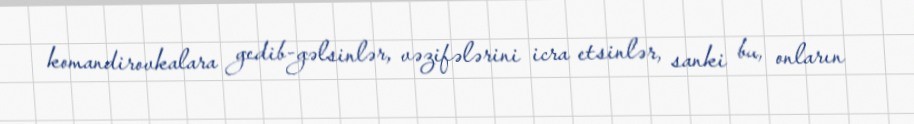
komandirovkalara gedib-gəlsinlər, vəzifələrini icra etsinlər, sanki bu, onların